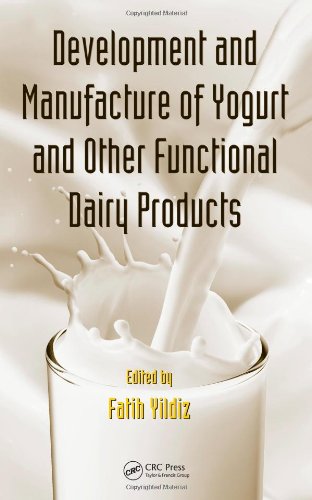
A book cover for Development and Manufacture of Yogurt and Other Functional Dairy Products; Fatih Yildiz; Cookbooks, Food & Wine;